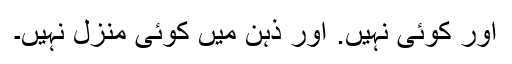
اور کوئی نہیں. اور ذہن میں کوئی منزل نہیں۔